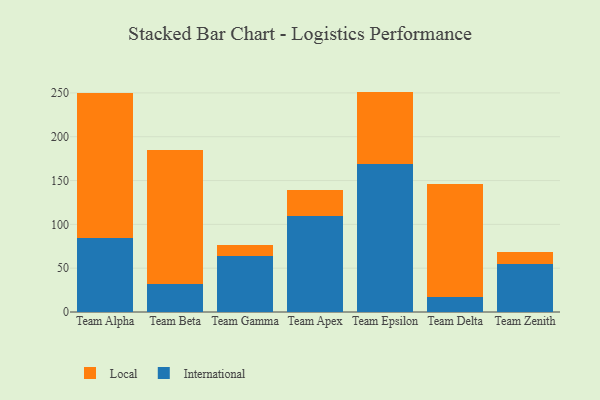
{"axis": {"x": "Team", "y": "Backlog"}, "legend": ["International", "Local"], "data": [{"x": "Team Alpha", "y": 84.0, "type": "International"}, {"x": "Team Alpha", "y": 166.2, "type": "Local"}, {"x": "Team Beta", "y": 32.1, "type": "International"}, {"x": "Team Beta", "y": 153.0, "type": "Local"}, {"x": "Team Gamma", "y": 63.8, "type": "International"}, {"x": "Team Gamma", "y": 12.8, "type": "Local"}, {"x": "Team Apex", "y": 110.1, "type": "International"}, {"x": "Team Apex", "y": 29.0, "type": "Local"}, {"x": "Team Epsilon", "y": 168.6, "type": "International"}, {"x": "Team Epsilon", "y": 82.9, "type": "Local"}, {"x": "Team Delta", "y": 17.3, "type": "International"}, {"x": "Team Delta", "y": 129.0, "type": "Local"}, {"x": "Team Zenith", "y": 55.3, "type": "International"}, {"x": "Team Zenith", "y": 13.3, "type": "Local"}]}